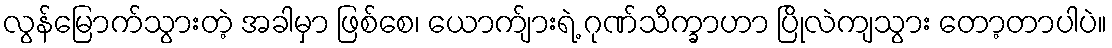
လွန်မြောက်သွားတဲ့ အခါမှာ ဖြစ်စေ၊ ယောက်ျားရဲ့ ဂုဏ်သိက္ခာဟာ ပြိုလဲကျသွား တော့တာပါပဲ။